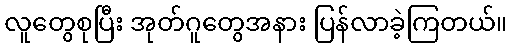
လူတွေစုပြီး အုတ်ဂူတွေအနား ပြန်လာခဲ့ကြတယ်။